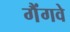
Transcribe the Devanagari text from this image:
गैंगवे